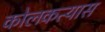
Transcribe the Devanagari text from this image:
कोलकत्यास